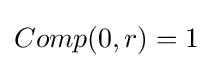
Comp(0,r)=1